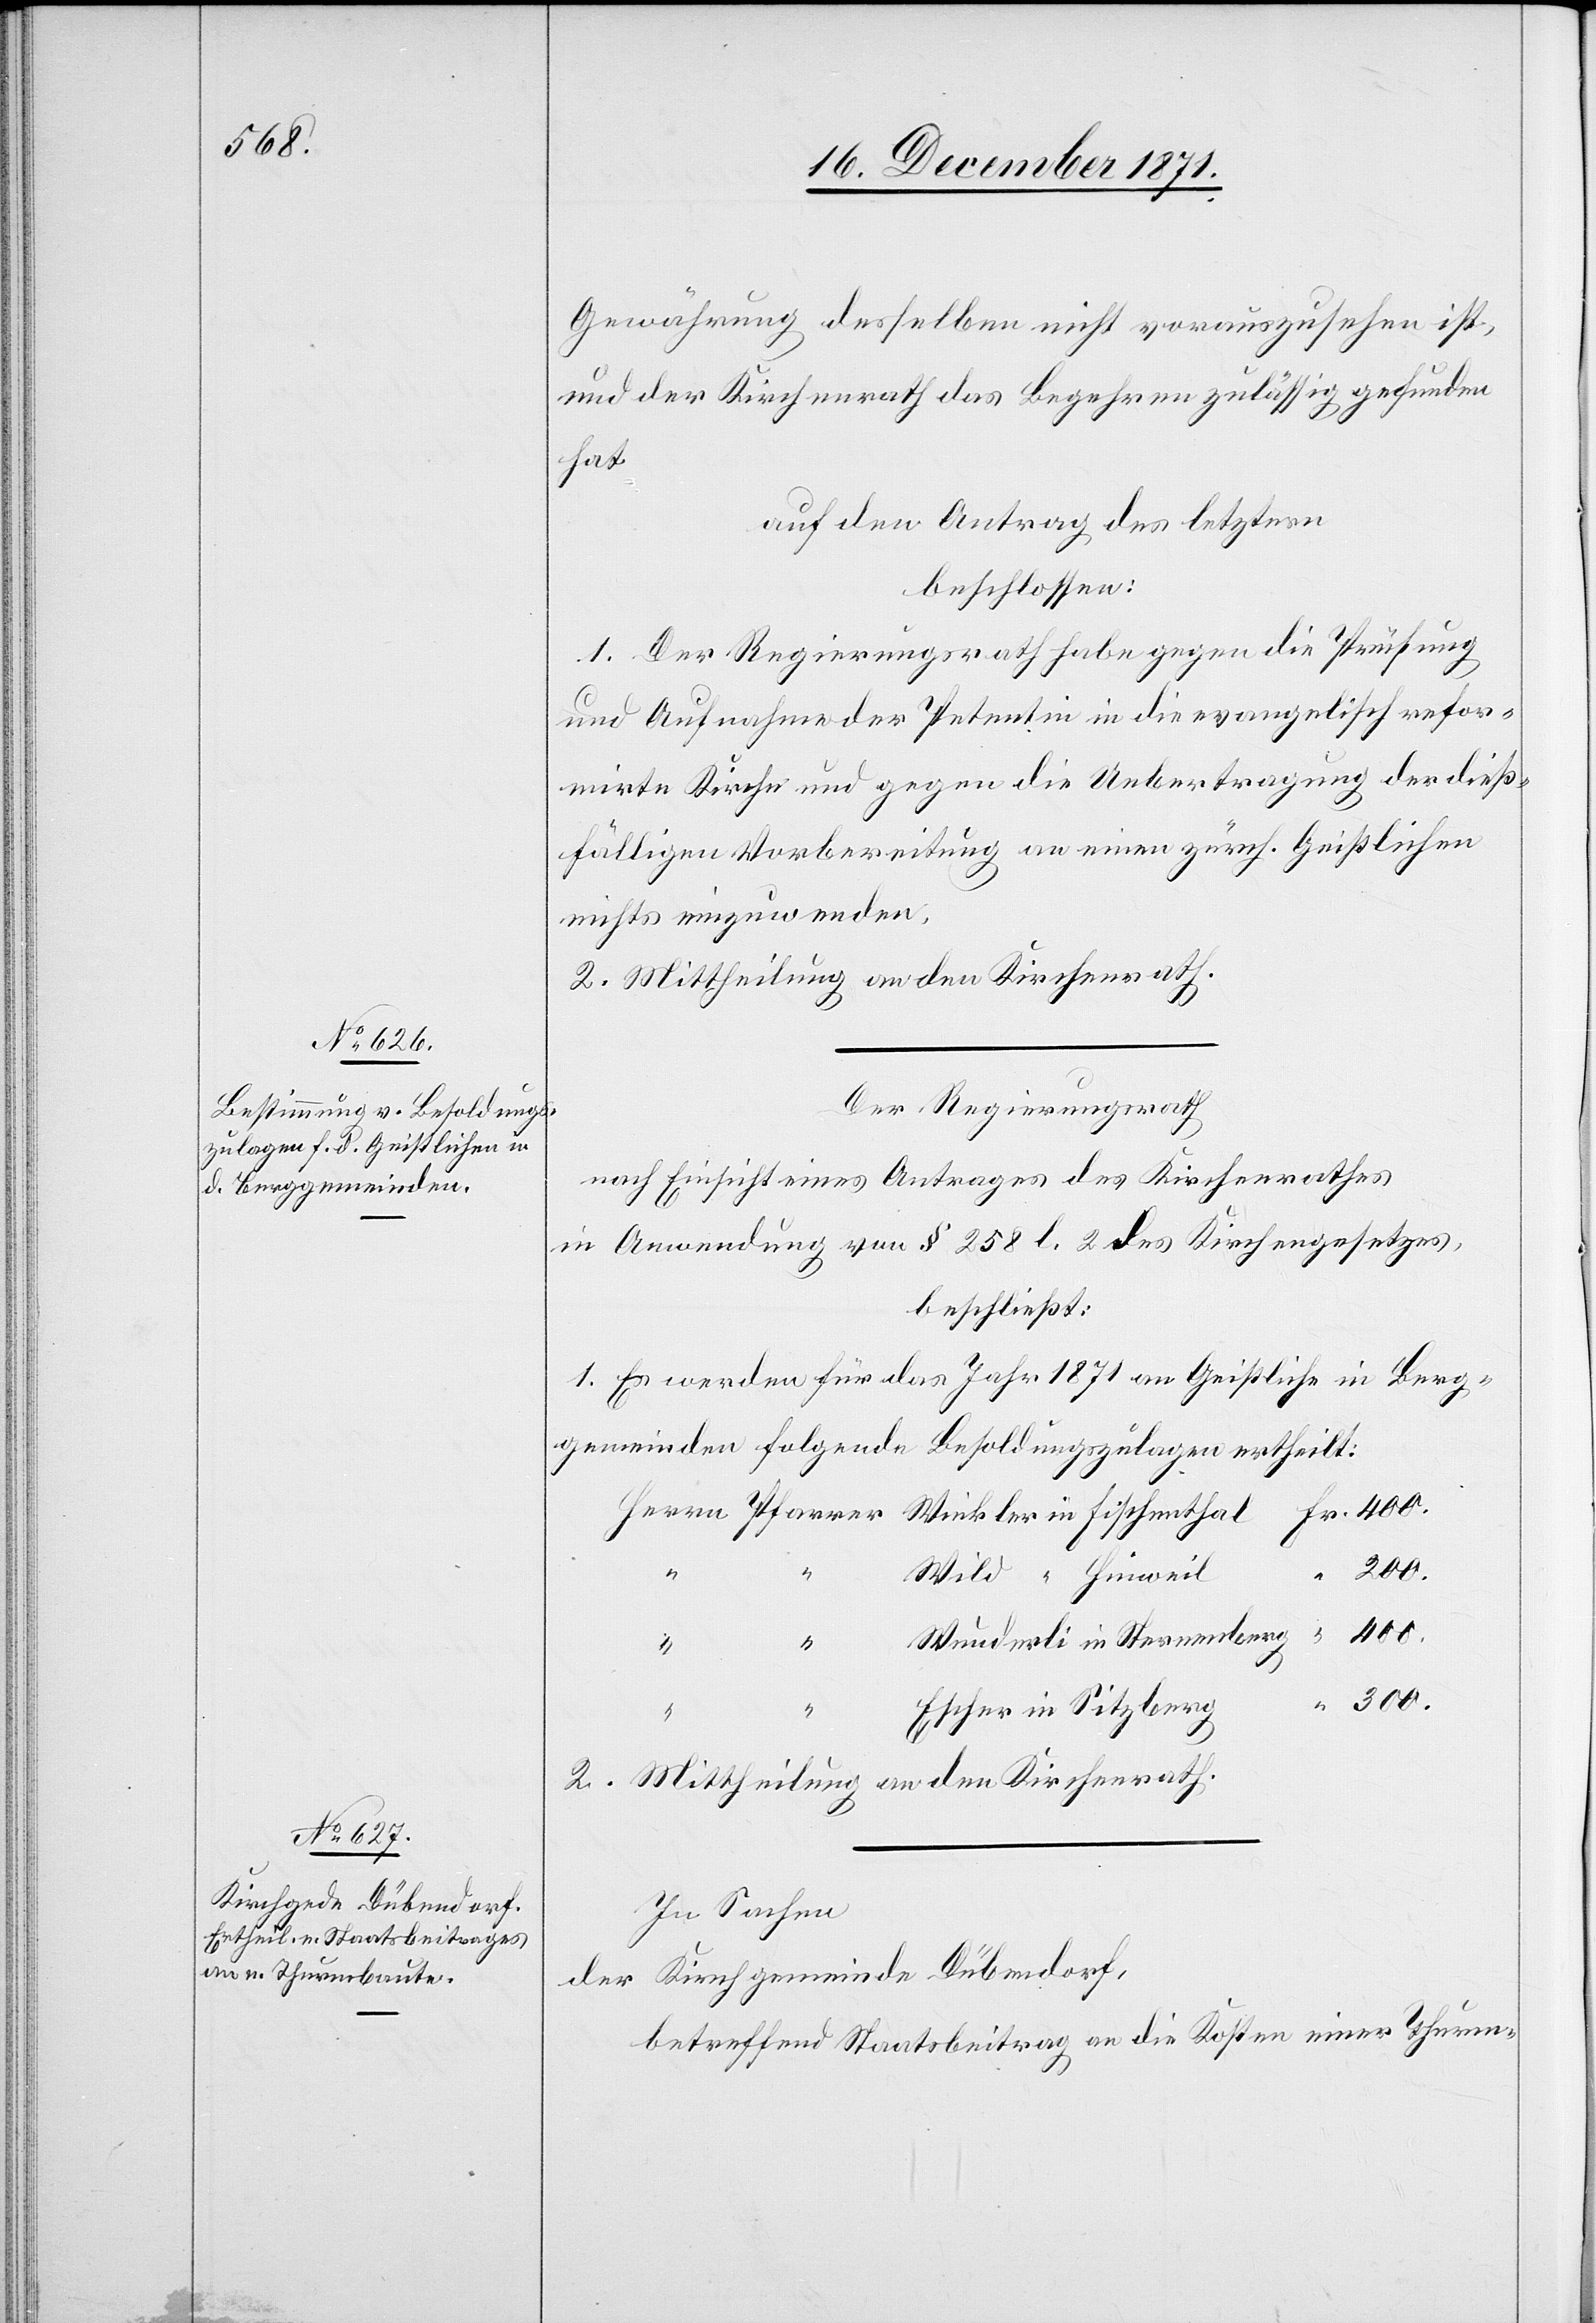
Gewährung desselben nicht vorauszusehen ist,
und der Kirchenrath das Begehren zulässig gefunden
hat
auf den Antrag des letztern
beschlossen:
1. Der Regierungsrath habe gegen die Prüfung
und Aufnahme der Petentin in die evangelisch refor¬
mirte Kirche und gegen die Uebertragung der dieß¬
fälligen Vorbereitung an einen zürch. Geistlichen
nichts einzuwenden.
2. Mittheilung an den Kirchenrath.
Der Regierungsrath
nach Einsicht eines Antrages des Kirchenrathes,
in Anwendung von § 258 l. 2 des Kirchengesetzes,
beschließt:
1. Es werden für das Jahr 1871 an Geistliche in Berg¬
gemeinden folgende Besoldungszahlungen ertheilt:
Herren Pfarrer Winkler in Fischenthal Fr. 400.
Wild “ Hinweil
400.
Wunderli in Sternenberg
“ 300.
Escher in Sitzberg
2. Mittheilung an den Kirchenrath.
In Sachen
der Kirchgemeinde Dübendorf,
betreffend Staatsbeitrag an die Kosten einer Thurm-